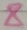
Text: 8